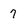
Character: 7